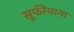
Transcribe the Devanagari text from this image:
सूफीयाना